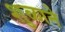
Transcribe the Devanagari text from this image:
शुळाने